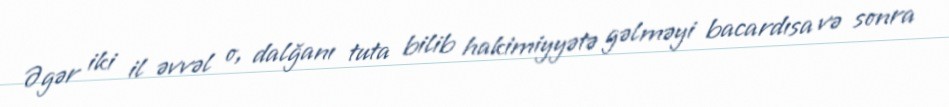
Əgər iki il əvvəl o, dalğanı tuta bilib hakimiyyətə gəlməyi bacardısa və sonra